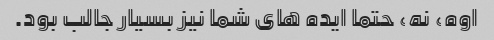
اوه، نه، حتما ایده های شما نیز بسیار جالب بود.